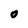
Character: 0